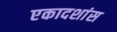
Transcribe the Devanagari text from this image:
एकादशांस